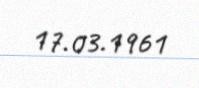
17.03.1961